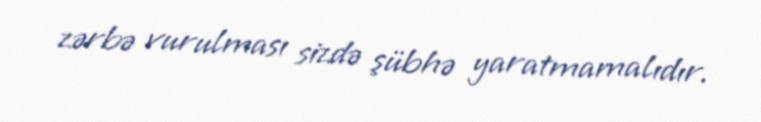
zərbə vurulması sizdə şübhə yaratmamalıdır.